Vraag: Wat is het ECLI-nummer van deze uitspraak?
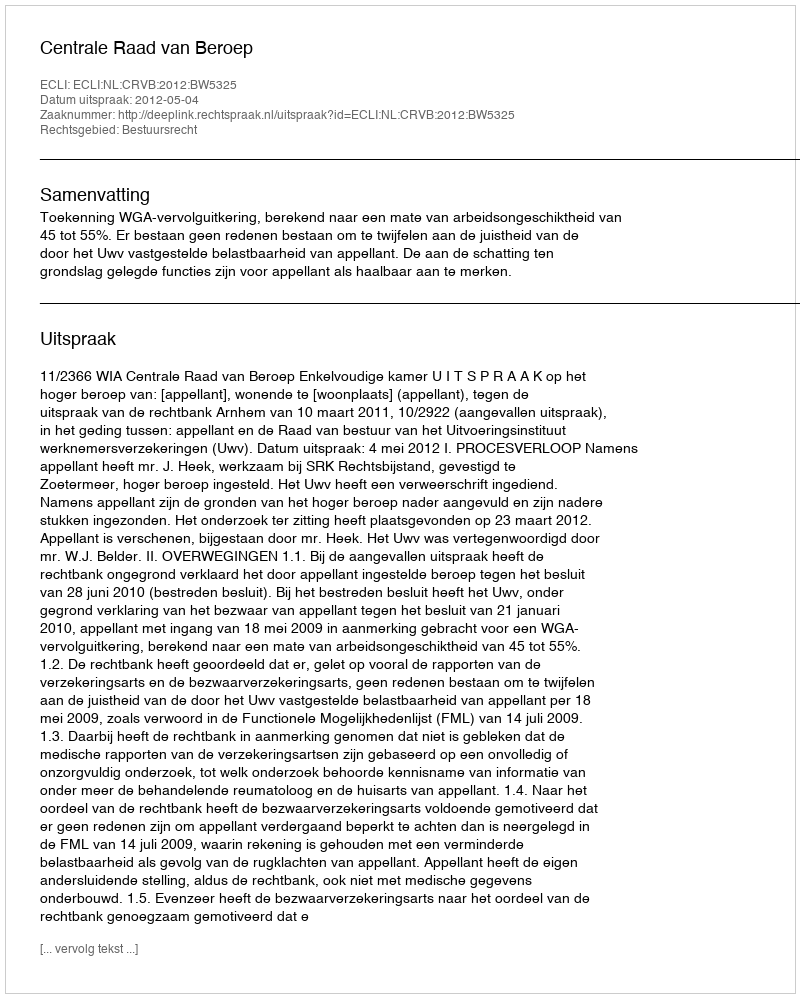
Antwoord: ECLI:NL:CRVB:2012:BW5325